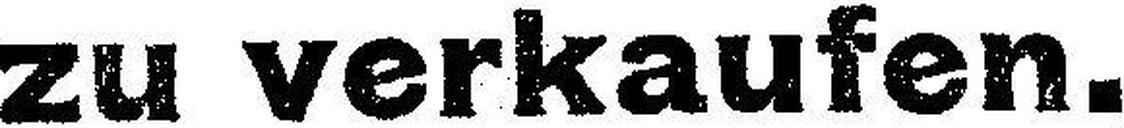
zu verkaufen.